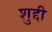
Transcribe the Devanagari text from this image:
शुद्दी